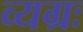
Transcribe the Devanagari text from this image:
व्यग्रः